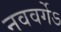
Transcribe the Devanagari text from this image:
नववर्गेऽ